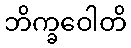
ဘိက္ခဝေါတိ